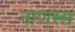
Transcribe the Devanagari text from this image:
नाणस्स